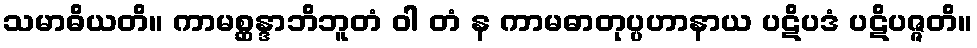
သမာဓိယတိ။ ကာမစ္ဆန္ဒာဘိဘူတံ ဝါ တံ န ကာမဓာတုပ္ပဟာနာယ ပဋိပဒံ ပဋိပဇ္ဇတိ။